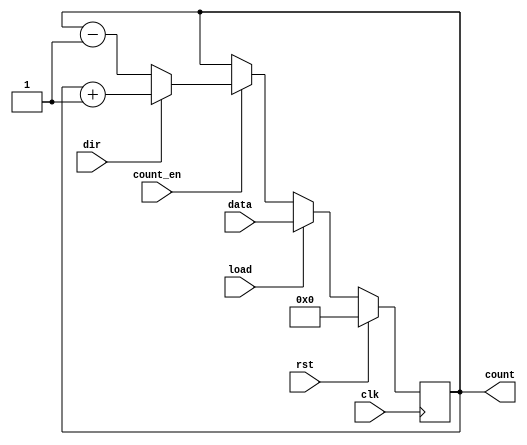
module synchronous_load_counter (
    input wire clk,          // Clock signal
    input wire rst,          // Active-high reset signal
    input wire load,         // Active-high load signal
    input wire [7:0] data,   // Data input for loading value (8-bit wide)
    input wire count_en,     // Count enable signal
    input wire dir,          // Direction signal (1 for up, 0 for down)
    output reg [7:0] count   // Current count value (8-bit wide)
);

    // Synchronous process
    always @(posedge clk) begin
        if (rst) begin
            // Reset the counter to zero
            count <= 8'b0;
        end else if (load) begin
            // Load the specified value into the counter
            count <= data;
        end else if (count_en) begin
            // Count up or down based on the direction signal
            if (dir) begin
                // Increment the counter
                count <= count + 1;
            end else begin
                // Decrement the counter
                count <= count - 1;
            end
        end
    end

endmodule